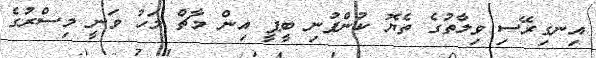
އިނގިރޭސި ވިލާތުގެ ތެޔޮ ކުންފުނި ބީޕީ އިން މާޗް މަހު ވަނީ މިސްރުގެ